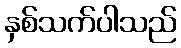
နှစ်သက်ပါသည်